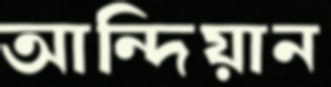
আন্দিয়ান